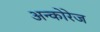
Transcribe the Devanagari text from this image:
अन्कोरेज